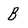
Character: B